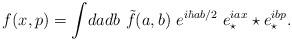
LaTeX: \begin{align*}f(x,p)= \int\! da db ~\tilde{f}(a,b) ~e^{i\hbar ab/ 2} ~e_{\star} ^{iax}\star e_{\star} ^{ibp}.\end{align*}